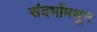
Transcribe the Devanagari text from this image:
संदर्भामधून